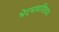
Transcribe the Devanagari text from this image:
भेदभावाशिवाय